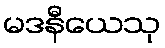
မဒနီယေသု